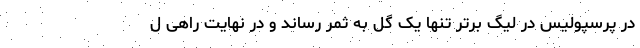
در پرسپولیس در لیگ برتر تنها یک گل به ثمر رساند و در نهایت راهی ل